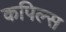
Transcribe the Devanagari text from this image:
कपिल्स